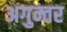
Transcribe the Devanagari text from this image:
अगुन्तर